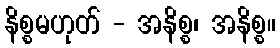
နိစ္စမဟုတ် - အနိစ္စ၊ အနိစ္စ။